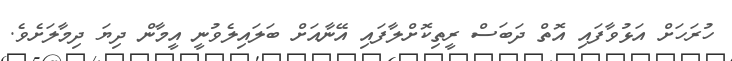
ހުރަހަށް އަޅުވާފައި އޮތް ދަބަސް ރީތިކޮށްލާފައި އޭނާއަށް ބަލައިލެވުނީ އީމާން ދިޔަ ދިމާލަށެވެ.